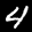
Label: 4